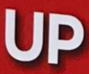
UP